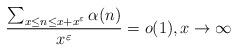
LaTeX: \begin{align*}\frac{\sum_{x \le n \le x+x^{\varepsilon}} \alpha(n)}{x^{\varepsilon}} = o(1), x \to \infty\end{align*}